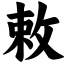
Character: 敕